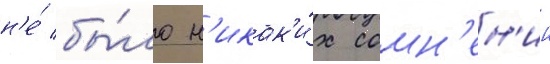
н'е́ бы́ло н'икак'и́х сомн'ен'ии